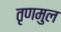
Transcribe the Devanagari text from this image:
तृणमुल